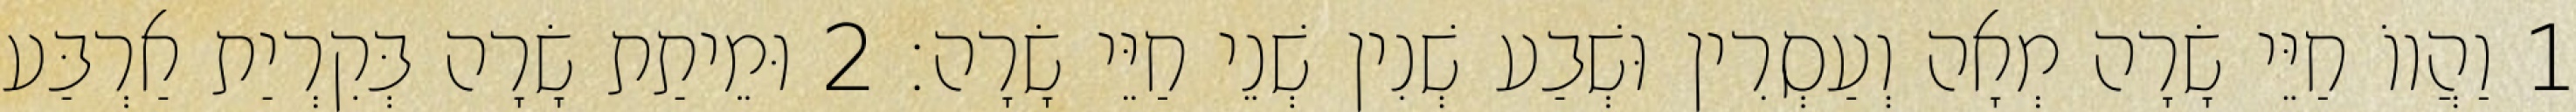
1 וַהֲווֹ חַיֵּי שָׂרָה מְאָה וְעַסְרִין וּשְׁבַע שְׁנִין שְׁנֵי חַיֵּי שָׂרָה׃ 2 וּמֵיתַת שָׂרָה בְּקִרְיַת אַרְבַּע